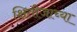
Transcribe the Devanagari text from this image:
क्षितीजाच्या